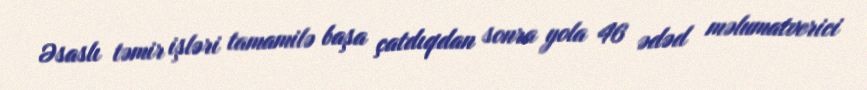
Əsaslı təmir işləri tamamilə başa çatdıqdan sonra yola 46 ədəd məlumatverici